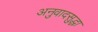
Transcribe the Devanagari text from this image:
अनुवादसुद्धा